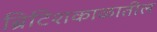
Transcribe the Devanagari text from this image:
ब्रिटिशकाळातील